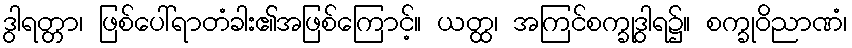
ဒွါရတ္တာ၊ ဖြစ်ပေါ်ရာတံခါး၏အဖြစ်ကြောင့်။ ယတ္ထ၊ အကြင်စက္ခုဒွါရ၌။ စက္ခုဝိညာဏံ၊